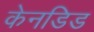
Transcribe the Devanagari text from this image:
केनडिड